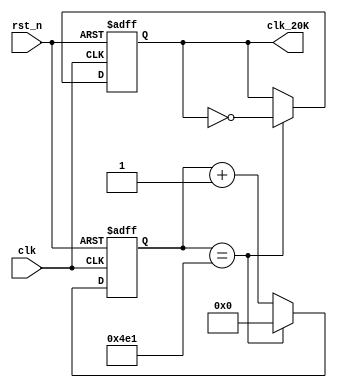
module clk_div(	
		
			input	wire				clk,
			input	wire				rst_n,
			output	reg			clk_20K

		);
		
	reg [19:0]	cnt;

	always @(posedge clk or negedge rst_n)
	if(!rst_n)
		cnt <= 20'd0;
	else if(cnt == 20'd1250 - 1)
		cnt <= 20'd0;
	else
		cnt <= cnt + 1'b1;

	always @(posedge clk or negedge rst_n)
	if(!rst_n)
		clk_20K <= 1'b1;
	else if(cnt == 20'd1250 - 1)
		clk_20K <= ~clk_20K;
	else
		clk_20K <= clk_20K;
endmodule